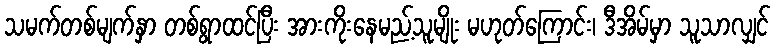
သမက်တစ်မျက်နှာ တစ်ရွာထင်ပြီး အားကိုးနေမည့်သူမျိုး မဟုတ်ကြောင်း၊ ဒီအိမ်မှာ သူသာလျှင်